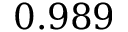
0 . 9 8 9